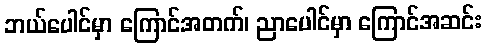
ဘယ်ပေါင်မှာ ကြောင်အတက်၊ ညာပေါင်မှာ ကြောင်အဆင်း